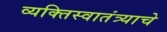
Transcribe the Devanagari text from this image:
व्यक्तिस्वातंत्र्याचे